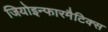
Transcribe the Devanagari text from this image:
जियोइन्फारमैटिक्स